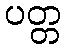
ပတ္တ